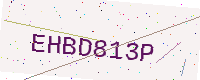
Text: EHBD813P